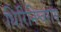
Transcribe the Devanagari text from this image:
धिरिनिश्वराय